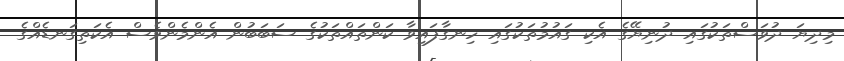
މިދިޔަ ދުވަސްތަކުގައި ދުނިޔޭގެ އެކި ގައުމުތަކުގައި ހިނގާފައިވާ ކަންތައްތަކުގެ ސަބަބުން އެންމެންވެސް އެކަތިގަނޑެއްގެ